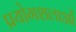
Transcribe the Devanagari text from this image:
प्रयोगशलाओं